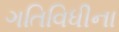
ગતિવિધીના